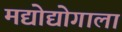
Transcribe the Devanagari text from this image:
मद्योद्योगाला